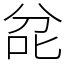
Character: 兺